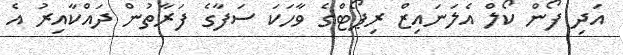
އަދި ފޯން ކޯލް އެލަނައިޒް ރިޕޯޓްގެ ވާހަކަ ސަފާގެ ފަރާތުން ދައްކާއިރު އެ